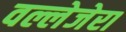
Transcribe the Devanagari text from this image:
वल्लेजेरा